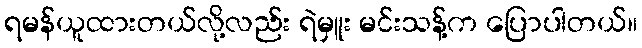
ရမန်ယူထားတယ်လို့လည်း ရဲမှူး မင်းသန့်က ပြောပါတယ်။